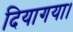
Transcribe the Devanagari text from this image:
दियागया।